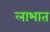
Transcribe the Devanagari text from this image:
लाभात